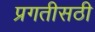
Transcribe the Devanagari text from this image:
प्रगतीसठी